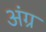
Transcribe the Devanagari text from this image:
अंग्र